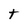
Character: t